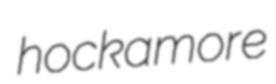
hockamore